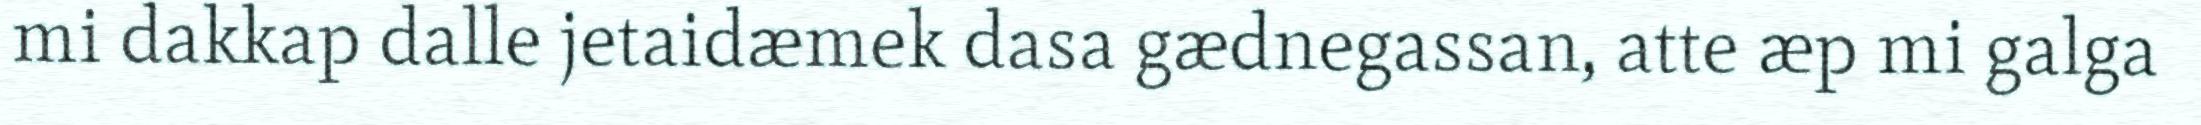
mi dakkap dalle jetaidæmek dasa gædnegassan, atte æp mi galga